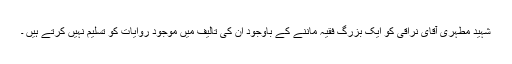
شہید مطہری آقای نراقی کو ایک بزرگ فقیہ ماننے کے باوجود ان کی تالیف میں موجود روایات کو تسلیم نہیں کرتے ہیں ۔